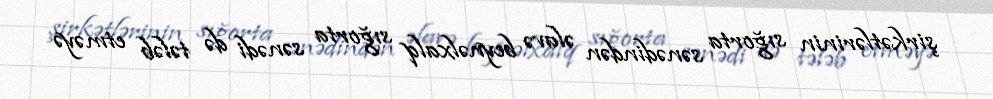
şirkətlərinin sığorta sənədindən əlavə beynəlxalq sığorta sənədi də tələb etməyə